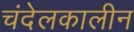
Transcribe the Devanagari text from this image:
चंदेलकालीन